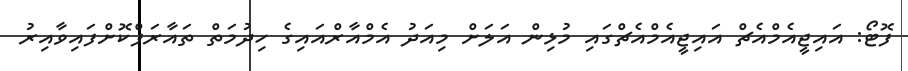
ފޮޓޯ: އައިޖީއެމްއެޗް އައިޖީއެމްއެޗްގައި މުޅިން އަލަށް މިއަދު އެމްއާރްއައިގެ ހިދުމަތް ތައާރަފްކޮށްފައިވާއިރު